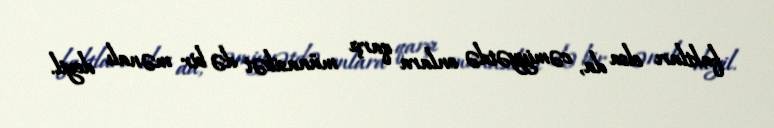
faktları olsa da, cəmiyyətdə onlara qarşı münasibət də bir mənalı deyil.